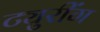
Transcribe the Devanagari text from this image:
ट्युरींग